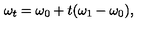
\omega _ { t } = \omega _ { 0 } + t ( \omega _ { 1 } - \omega _ { 0 } ) ,